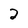
Character: 2